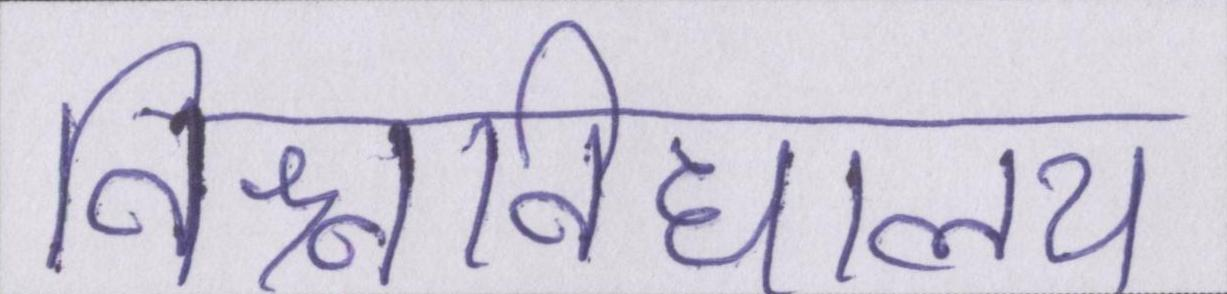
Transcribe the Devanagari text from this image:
विश्वविद्यालय